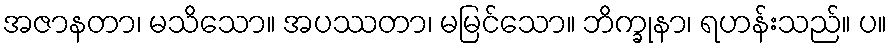
အဇာနတာ၊ မသိသော။ အပဿတာ၊ မမြင်သော။ ဘိက္ခုနာ၊ ရဟန်းသည်။ ပ။